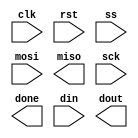
`timescale 1ns / 1ps
//////////////////////////////////////////////////////////////////////////////////
// Company: 
// Engineer: 
// 
// Design Name: 
// Module Name:    Spi_Master 
// Project Name: 
// Target Devices: 
// Tool versions: 
// Description: 
//
// Dependencies: 
//
// Revision: 
// Revision 0.01 - File Created
// Additional Comments: 
//
//////////////////////////////////////////////////////////////////////////////////
module Spi_Master(
	input clk,
	input rst,
	input ss,
	input mosi,
	output miso,
	input sck,
	output done,
	input [7:0] din,
	output [7:0] dout
    );


endmodule